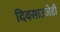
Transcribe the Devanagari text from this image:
दिवसाउजेडी